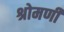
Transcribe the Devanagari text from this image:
श्रोमणी